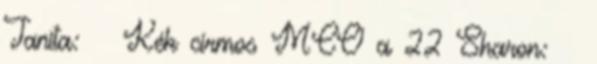
Tanita: ♀ Kék cirmos MCO a 22 Sharon: ♀